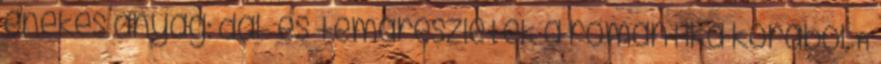
énekes anyag: dal- és témarészletek a romantika korából. A